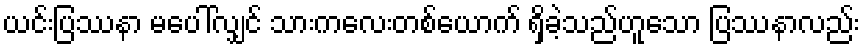
ယင်းပြဿနာ မပေါ်လျှင် သားကလေးတစ်ယောက် ရှိခဲ့သည်ဟူသော ပြဿနာလည်း